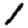
Digit: 1